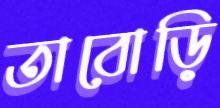
তাবোড়ি